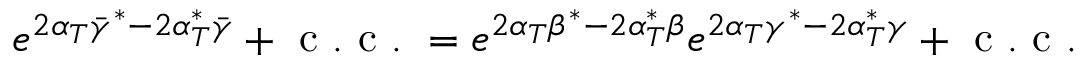
e ^ { 2 \alpha _ { T } \bar { \gamma } ^ { \ast } - 2 \alpha _ { T } ^ { \ast } \bar { \gamma } } + \mathrm { ~ c ~ . ~ c ~ . ~ } = e ^ { 2 \alpha _ { T } \beta ^ { \ast } - 2 \alpha _ { T } ^ { \ast } \beta } e ^ { 2 \alpha _ { T } \gamma ^ { \ast } - 2 \alpha _ { T } ^ { \ast } \gamma } + \mathrm { ~ c ~ . ~ c ~ . ~ }